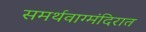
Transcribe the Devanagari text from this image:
समर्थवाग्मंदिरात